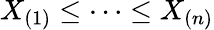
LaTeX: X_{(1)}\leq\dots\leq X_{(n)}